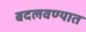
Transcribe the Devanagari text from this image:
बदलवण्यात